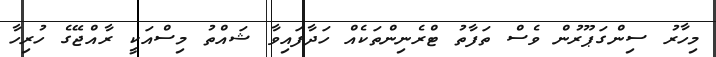
މިހާރު ސިންގަޕޫރުން ވެސް ތަފާތު ޓްރެނިންތަކެއް ހަދާފައިވާ ޝައްތު މިސްއަކީ ރާއްޖޭގެ ހުރިހާ